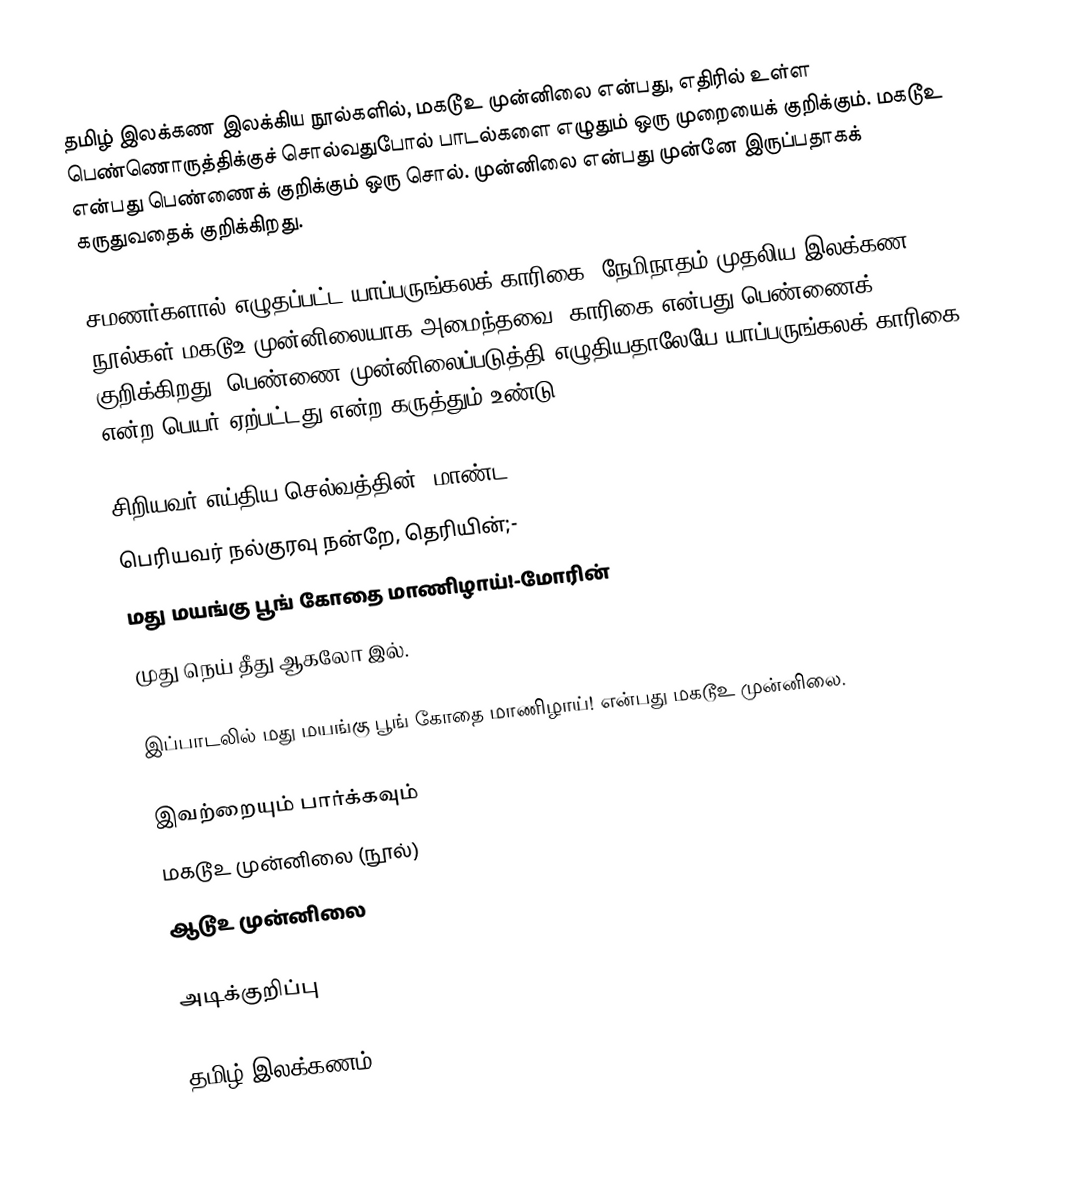
தமிழ் இலக்கண இலக்கிய நூல்களில், மகடூஉ முன்னிலை என்பது, எதிரில் உள்ள பெண்ணொருத்திக்குச் சொல்வதுபோல் பாடல்களை எழுதும் ஒரு முறையைக் குறிக்கும். மகடூஉ என்பது பெண்ணைக் குறிக்கும் ஒரு சொல். முன்னிலை என்பது முன்னே இருப்பதாகக் கருதுவதைக் குறிக்கிறது.

சமணர்களால் எழுதப்பட்ட யாப்பருங்கலக் காரிகை, நேமிநாதம் முதலிய இலக்கண நூல்கள் மகடூஉ முன்னிலையாக அமைந்தவை. காரிகை என்பது பெண்ணைக் குறிக்கிறது. பெண்ணை முன்னிலைப்படுத்தி எழுதியதாலேயே யாப்பருங்கலக் காரிகை என்ற பெயர் ஏற்பட்டது என்ற கருத்தும் உண்டு.

சிறியவர் எய்திய செல்வத்தின், மாண்ட
பெரியவர் நல்குரவு நன்றே, தெரியின்;-
மது மயங்கு பூங் கோதை மாணிழாய்!-மோரின்
முது நெய் தீது ஆகலோ இல்.

இப்பாடலில் மது மயங்கு பூங் கோதை மாணிழாய்! என்பது மகடூஉ முன்னிலை.

இவற்றையும் பார்க்கவும்
 மகடூஉ முன்னிலை (நூல்)
 ஆடூஉ முன்னிலை

அடிக்குறிப்பு

தமிழ் இலக்கணம்